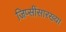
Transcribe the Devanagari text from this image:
जिप्सींसारख्या